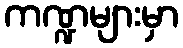
ကဏ္ဍများမှာ